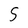
Character: S